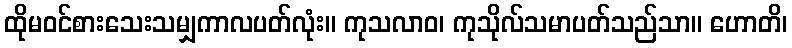
ထိုမဝင်စားသေးသမျှကာလပတ်လုံး။ ကုသလာဝ၊ ကုသိုလ်သမာပတ်သည်သာ။ ဟောတိ၊